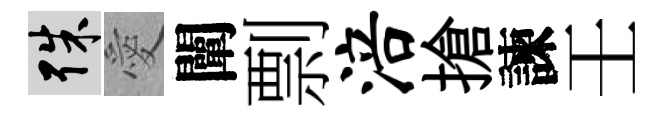
殊愛闡剽涪搶諫壬